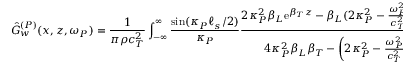
\hat { G } _ { w } ^ { ( P ) } ( x , z , \omega _ { P } ) = \frac { 1 } { \pi \rho c _ { T } ^ { 2 } } \int _ { - \infty } ^ { \infty } \frac { \sin ( \kappa _ { P } \ell _ { s } / 2 ) } { \kappa _ { P } } \frac { 2 \kappa _ { P } ^ { 2 } \beta _ { L } \mathrm { e } ^ { \beta _ { T } z } - \beta _ { L } ( 2 \kappa _ { P } ^ { 2 } - \frac { \omega _ { P } ^ { 2 } } { c _ { T } ^ { 2 } } ) \mathrm { e } ^ { \beta _ { L } z } } { 4 \kappa _ { P } ^ { 2 } \beta _ { L } \beta _ { T } - \left( 2 \kappa _ { P } ^ { 2 } - \frac { \omega _ { P } ^ { 2 } } { c _ { T } ^ { 2 } } \right) ^ { 2 } } \mathrm { e } ^ { \mathrm { i } \kappa _ { P } x } \, \mathrm { d } \kappa _ { P } ,